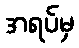
အရပ်မှ